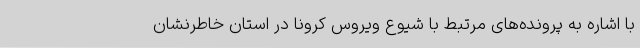
با اشاره به پرونده‌های مرتبط با شیوع ویروس کرونا در استان خاطرنشان